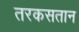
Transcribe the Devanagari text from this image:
तरकसतान